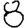
Digit: 8